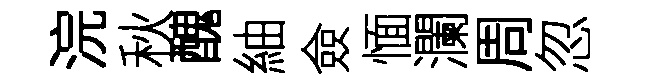
浣秋醜紬僉愐瀾周忽